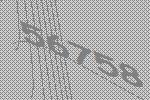
56758